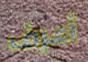
أعرف